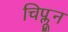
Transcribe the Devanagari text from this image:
चिप्लून